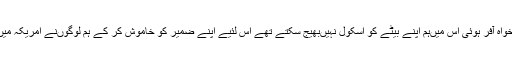
ہم دونوں‌کو جتنی تنخواہ آفر ہوئی اس میں‌ہم اپنے بیٹے کو اسکول نہیں‌بھیج سکتے تھے اس لئیے اپنے ضمیر کو خاموش کر کے ہم لوگوں‌نے امریکہ میں قسمت آزمائی کی۔